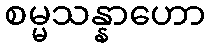
စမ္မသန္နာဟော